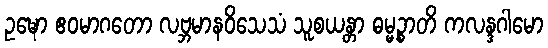
ဥဍ္ဎော ဧဝမာဂတော လဗ္ဘမာနဝိသေသံ သူစယန္တာ ဓမ္မဉ္စာတိ ကလန္ဒဂါမော